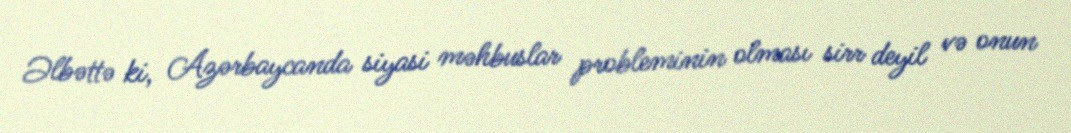
Əlbəttə ki, Azərbaycanda siyasi məhbuslar probleminin olması sirr deyil və onun